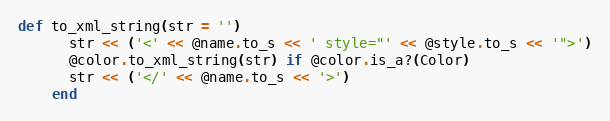
Language: Ruby
def to_xml_string(str = '')
      str << ('<' << @name.to_s << ' style="' << @style.to_s << '">')
      @color.to_xml_string(str) if @color.is_a?(Color)
      str << ('</' << @name.to_s << '>')
    end